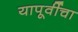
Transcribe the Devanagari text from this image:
यापूर्वीचा